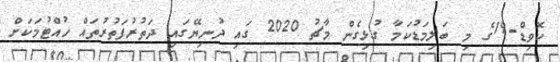
ކޮވިޑް-19ގެ މި ބަލިމަޑުކަމާ ގުޅިގެން މާޗު 2020 ގައި ދުނިޔޭގައި ދަތުރުފަތުރުތައް ހުއްޓުމަކަށް